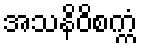
အသနိဝိစက္ကံ